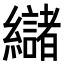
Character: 𮉘